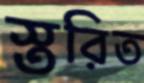
স্তরিত